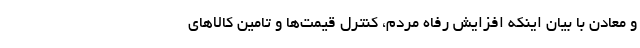
و معادن با بیان اینکه افزایش رفاه مردم، کنترل قیمت‌ها و تامین کالاهای